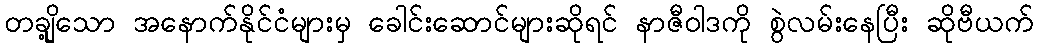
တချို့သော အနောက်နိုင်ငံများမှ ခေါင်းဆောင်များဆိုရင် နာဇီဝါဒကို စွဲလမ်းနေပြီး ဆိုဗီယက်